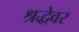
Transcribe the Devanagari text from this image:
श्रद्धेवर